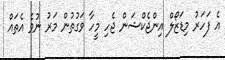
އެ ފަހަރު މިޑަޒޯލް އިންޖެކްޝަން ޖެހި މީހާ ވަގުތުން މަރު ނުވެ އެތައް